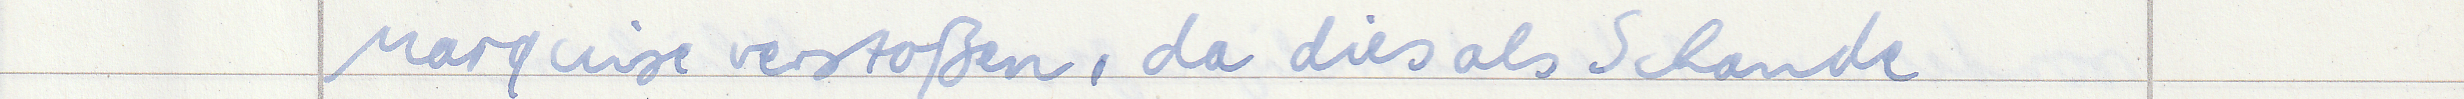
Marquise verstoßen, da dies als Schande